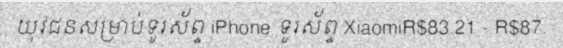
យុវជនសម្រាប់ទូរស័ព្ទ iPhone ទូរស័ព្ទ XiaomiR$83.21 - R$87.